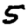
Digit: 5